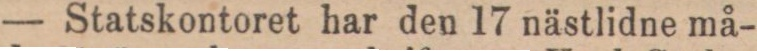
— Statskontoret har den 17 nästlidne må-